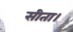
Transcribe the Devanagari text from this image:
सीता।